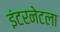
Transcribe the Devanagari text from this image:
इंटरनेटला